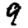
Digit: 9